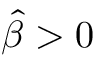
\hat { \beta } > 0